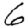
Digit: 6